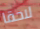
لاحقا